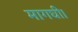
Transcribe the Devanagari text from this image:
मागघी।